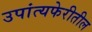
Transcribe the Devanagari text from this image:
उपांत्यफेरीतील